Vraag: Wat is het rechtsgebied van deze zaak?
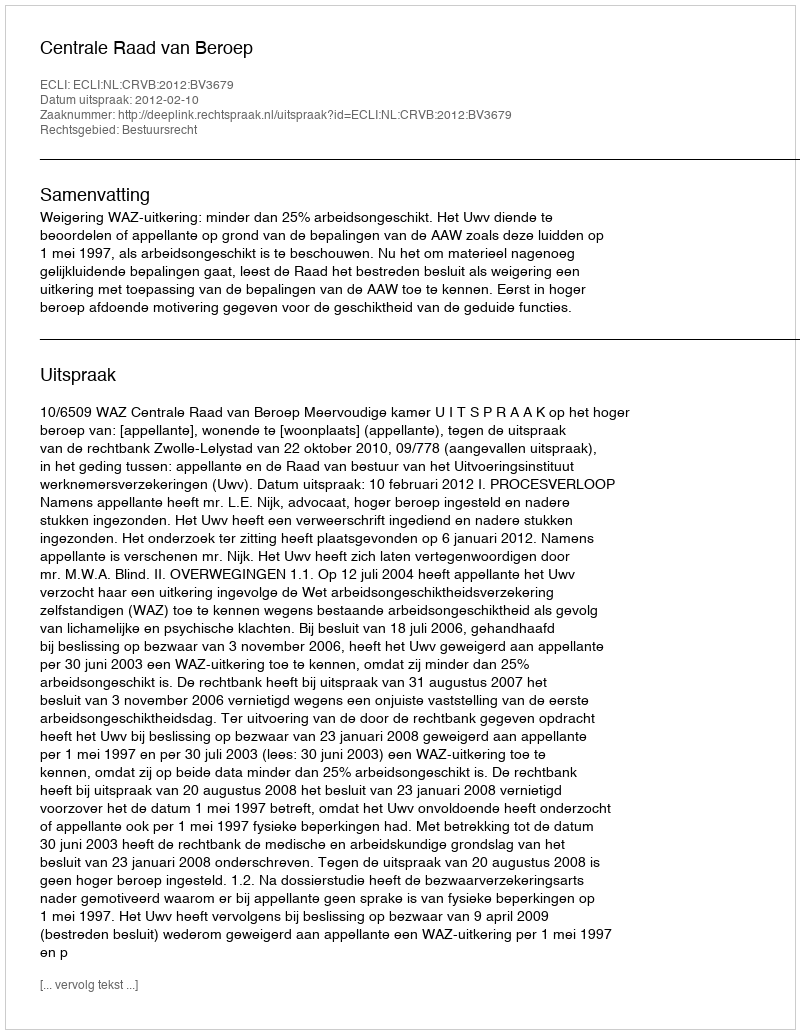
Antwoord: Bestuursrecht